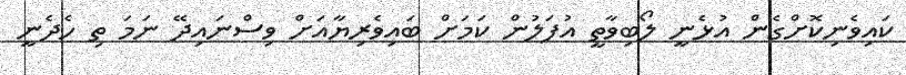
ކައިވެނިކޮށްގެން އުޅެނީ ލޯބިވާތީ އުފަލުން ކަމަށް ބައިވެރިޔާއަށް ވިސްނައިދޭ ނަމަ ތި ހެދެނީ